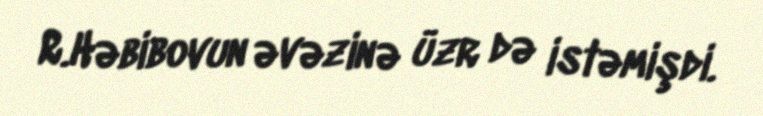
R.Həbibovun əvəzinə üzr də istəmişdi.